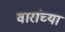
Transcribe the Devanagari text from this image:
वारांच्या